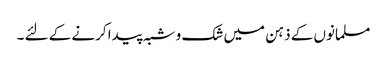
مسلمانوں کے ذہن میں شک و شبہ پیدا کرنے کے لئے ۔